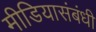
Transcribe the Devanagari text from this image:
मीडियासंबंधी